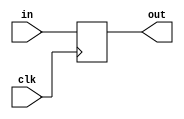
`timescale 1ns / 1ps
//////////////////////////////////////////////////////////////////////////////////
// Company: 
// Engineer: 
// 
// Design Name: 
// Module Name: day8
// Project Name: 
// Target Devices: 
// Tool Versions: 
// Description: 
// 
// Dependencies: 
// 
// Revision:
// Revision 0.01 - File Created
// Additional Comments:
// 
//////////////////////////////////////////////////////////////////////////////////

module reg_pc(clk, in, out);
    input clk;
    input [31:0] in;
    output reg [31:0] out;
    
    always @ (posedge clk)
        out <= in;
    
endmodule 


module alu_sum(in, out);
    input [31:0] in;
    output reg [31:0] out;
    
    always @(in)
        out <= in + 4;
        
endmodule 


module im(addr, instr);
    input [31:0] addr; //input 
    output reg [31:0] instr; //output
    
    reg [7:0] data [31:0];
    
    initial
        $readmemb("im.mem", data);
    
    always @(addr)
    begin
        instr[7:0] <= data[addr];
        instr[15:8] <= data[addr + 1];
        instr[23:16] <= data[addr + 2];
        instr[31:24] <= data[addr + 3];
    end
    
endmodule


module alu(a, b, alu_op, out, zero);
    input [31:0] a,b; 
    input [3:0] alu_op;
    output reg zero;
    output reg [31:0] out;
    
    always @( a or b or alu_op)
    begin
        case(alu_op)
            4'b0000: begin out <= a & b;  zero <= (~out) ? 1 : 0; end
            4'b0001: begin out <= a | b;  zero <= (~out) ? 1 : 0; end
            4'b0010: begin out <= a + b;  zero <= (~out) ? 1 : 0; end
            4'b0110: begin out <= a - b;  zero <= (~out) ? 1 : 0; end
            4'b0111: begin out <= (a < b) ? 1 : 0;  zero <= (~out) ? 1 : 0; end
            4'b1100: begin out <= ~(a | b);  zero <= (~out) ? 1 : 0; end
            default: begin out <= 32'b0;  zero <= (~out) ? 1 : 0; end
        endcase
    end
    
endmodule


module mux2_1(in1, in2, sel, out);
    parameter N = 32;
    input [N-1:0] in1, in2;
    input  sel;
    output reg [N-1:0] out;
    
    always @ (in1 or in2 or sel)
    begin
        case(sel)
            1'b0: out <= in1;
            1'b1: out <= in2;
        endcase
    end
    
endmodule


module ext_sign(in, ext_op, out);
    input [15:0] in;
    input ext_op;
    output reg [31:0] out;
    
    //always @(in or ext_op)
    //    out <= { {16{ext_op}}, in};
    
    always @ (in or ext_op)
    begin
        if(ext_op)
            out <= {{16{in[15]}}, in};
        else
            out <= in;
    end
    
endmodule 


module register_bank(clk, ra1, ra2, wa, wd, reg_write, rd1, rd2);
    input clk, reg_write;
    input [4:0] ra1, ra2, wa;
    input [31:0] wd;
    output reg [31:0] rd1, rd2;
    
    reg [31:0] rg [31:0];
    
    //initializare toate reg cu 0
    //reg [4:0] i;
    // for (i=0; i<32; i=i+1)
       //rg[i]=32'b0;
    
    
    always @(posedge  clk)
    begin
        if(reg_write)
            rg[wa] = wd;
    end
    
    always @(negedge clk)
    begin
        rd1 = rg[ra1];
        rd2 = rg[ra2];
    end
    
    
endmodule 


module dm(clk, address, wd, mem_write, rd);
    input clk, mem_write;
    input [31:0] address, wd;
    output reg [31:0] rd;
    
    reg [7:0] mem [31:0] ;
    
    always @(posedge clk)
    begin
        if(mem_write)
        begin
            
        end
            
            
            
    end
    
    always @(negedge clk)
    begin
        //wd = {};
    end
    
endmodule


module main_control();
    
endmodule